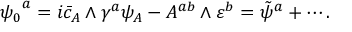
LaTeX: { \psi _ { 0 } } ^ { a } = i \bar { c } _ { A } \wedge \gamma ^ { a } \psi _ { A } - A ^ { a b } \wedge \varepsilon ^ { b } = { \tilde { \psi } } ^ { a } + \cdots .